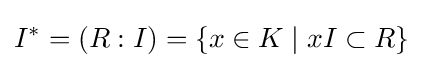
I^{*}=(R:I)=\{x\in K\mid xI\subset R\}